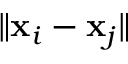
\| \mathbf { x } _ { i } - \mathbf { x } _ { j } \|